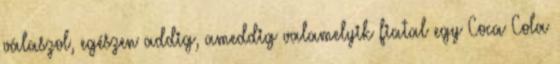
válaszol, egészen addig, ameddig valamelyik fiatal egy Coca Cola